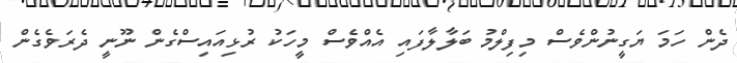
ދެން ހަމަ ޔަގީނުންވެސް މިފިލްމު ބަލާލާފައި އެއްވެސް މީހަކު ރުޅިއައިސްގެން ނޫނީ ދެރަވެގެން